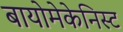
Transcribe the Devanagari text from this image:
बायोमेकेनिस्ट